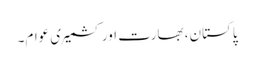
پاکستان، بھارت اور کشمیری عوام۔